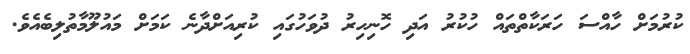
ކުރުމަށް ހާއްސަ ހަރަކާތްތައް ހުކުރު އަދި ހޮނިހިރު ދުވަހުގައި ކުރިއަށްދާނެ ކަމަށް މައުލޫމާތުލިބެއެވެ.